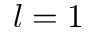
l = 1